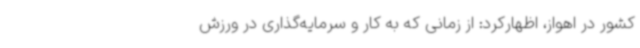
کشور در اهواز، اظهارکرد: از زمانی که به کار و سرمایه‌گذاری در ورزش